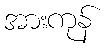
အားကုန်